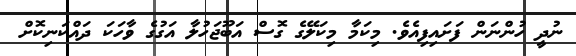
ނުދީ ހުންނަން ފަށައިފިއެވެ. މިކަމާ މިކަލޭގެ ގޮސް އަބޫޖަހުލާ އަގުގެ ވާހަކަ ދައްކަނިކޮށް